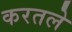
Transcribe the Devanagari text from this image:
करतले